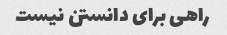
راهی برای دانستن نیست